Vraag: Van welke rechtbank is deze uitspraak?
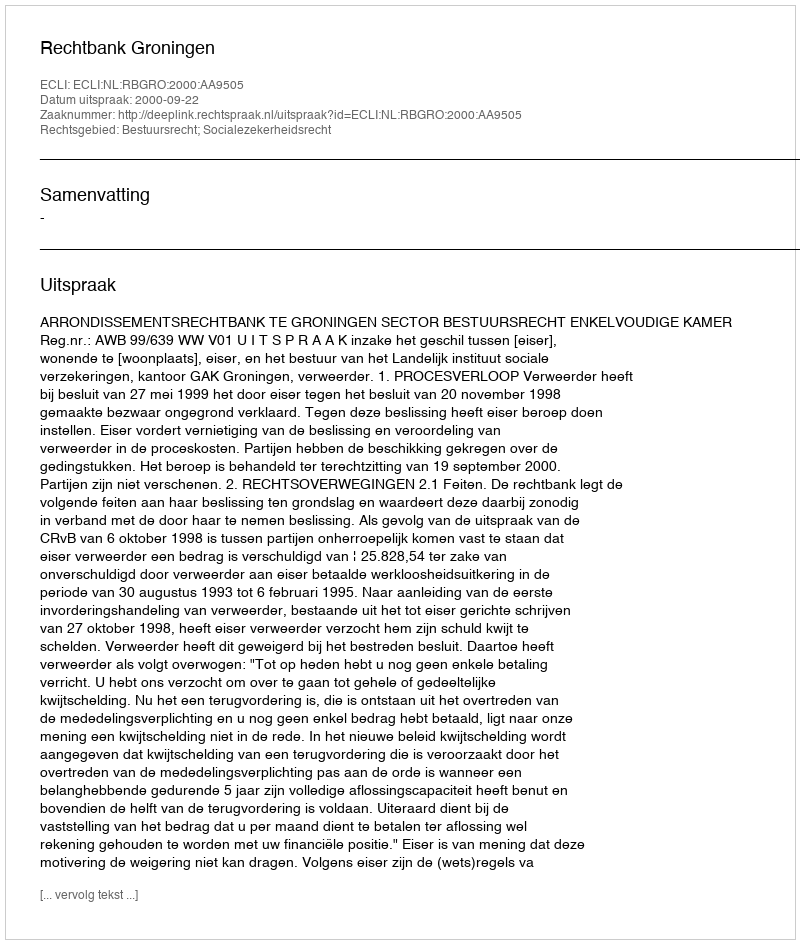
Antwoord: Rechtbank Groningen